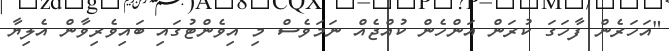
"އަހަރެން ފާހަގަ ކުރަން އަންހެން ކުއްޖެއް ނަމަވެސް މި އިވެންޓުގައި ބައިވެރިވާން އެލިޔާ